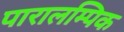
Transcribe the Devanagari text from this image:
पारालम्पिक